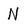
Character: N